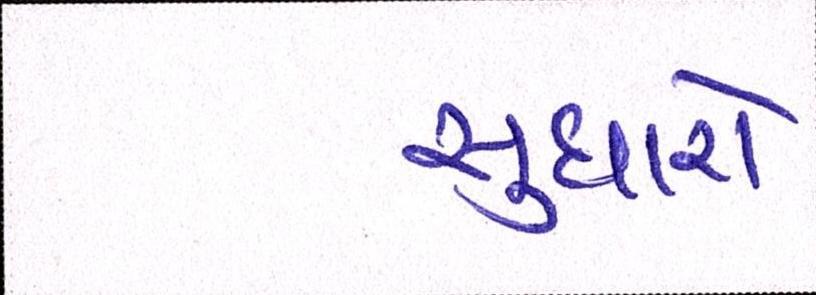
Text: સુધારો